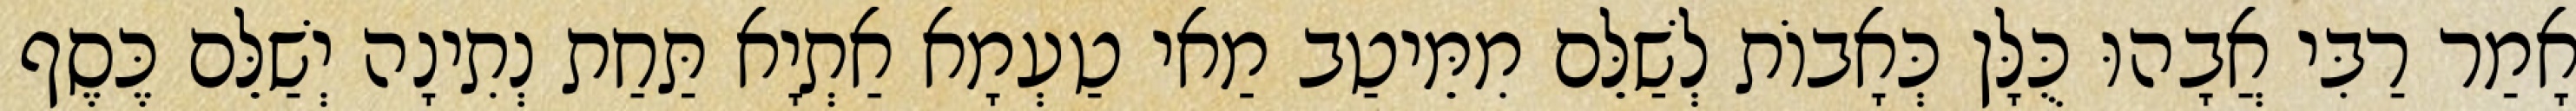
אָמַר רַבִּי אֲבָהוּ כֻּלָּן כְּאָבוֹת לְשַׁלֵּם מִמֵּיטַב מַאי טַעְמָא אַתְיָא תַּחַת נְתִינָה יְשַׁלֵּם כֶּסֶף